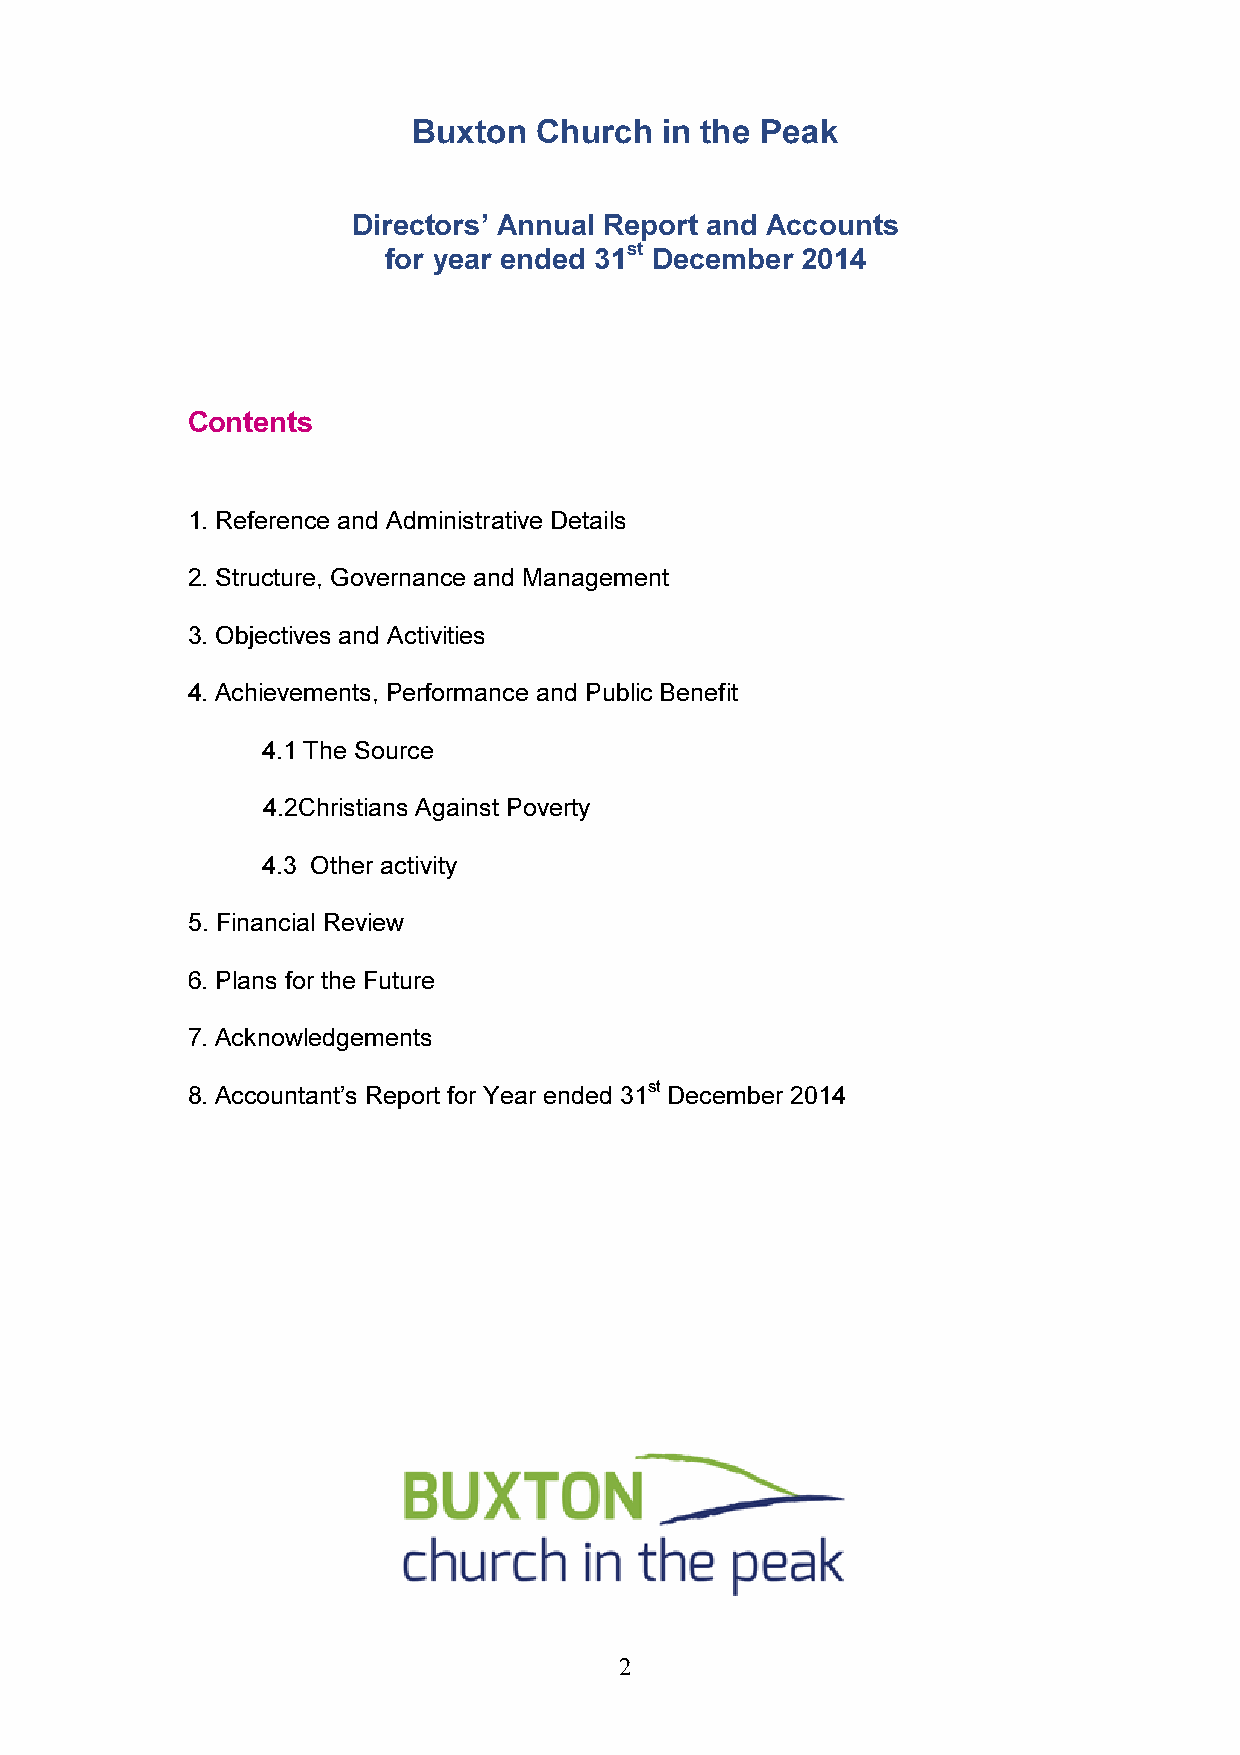
Buxton   Church  in the Peak
 Directors’ Annual Report and Accounts
 st
 for year ended 31 December  2014
 Contents
 1. Reference and Administrative Details
 2. Structure, Governance and Management
 3. Objectives and Activities
 4. Achievements, Performance and Public Benefit
 4.1 The Source
 4.2Christians Against Poverty
 4.3 Other activity
 5. Financial Review
 6. Plans for the Future
 7. Acknowledgements
 st
 8. Accountant’s Report for Year ended 31 December 2014
 2